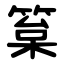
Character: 䈢